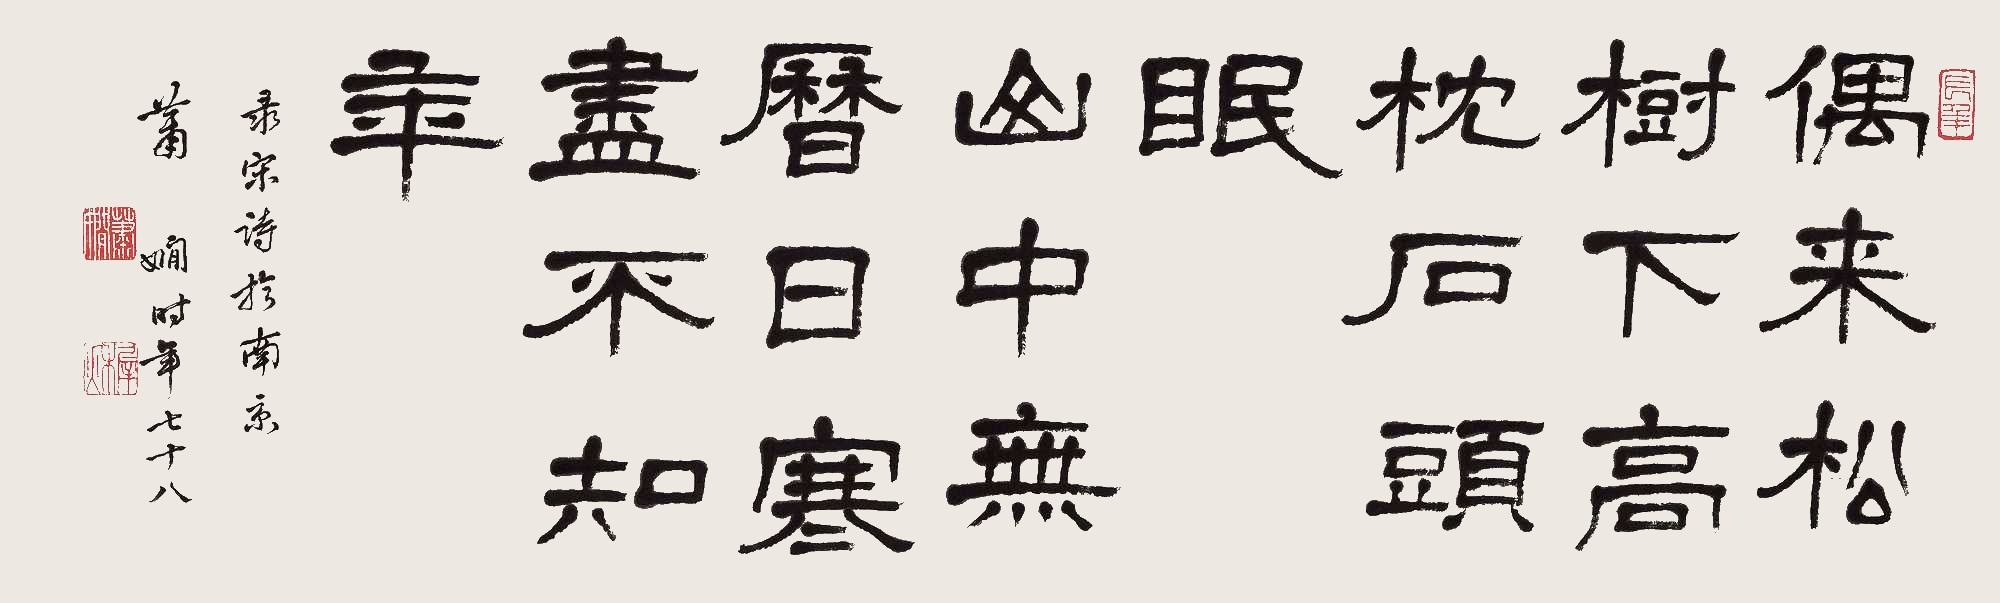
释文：偶来松树下，高枕石头眠。山中无历日，寒尽不知年。录宋诗于南京，萧娴，时年七十八。